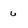
Character: u